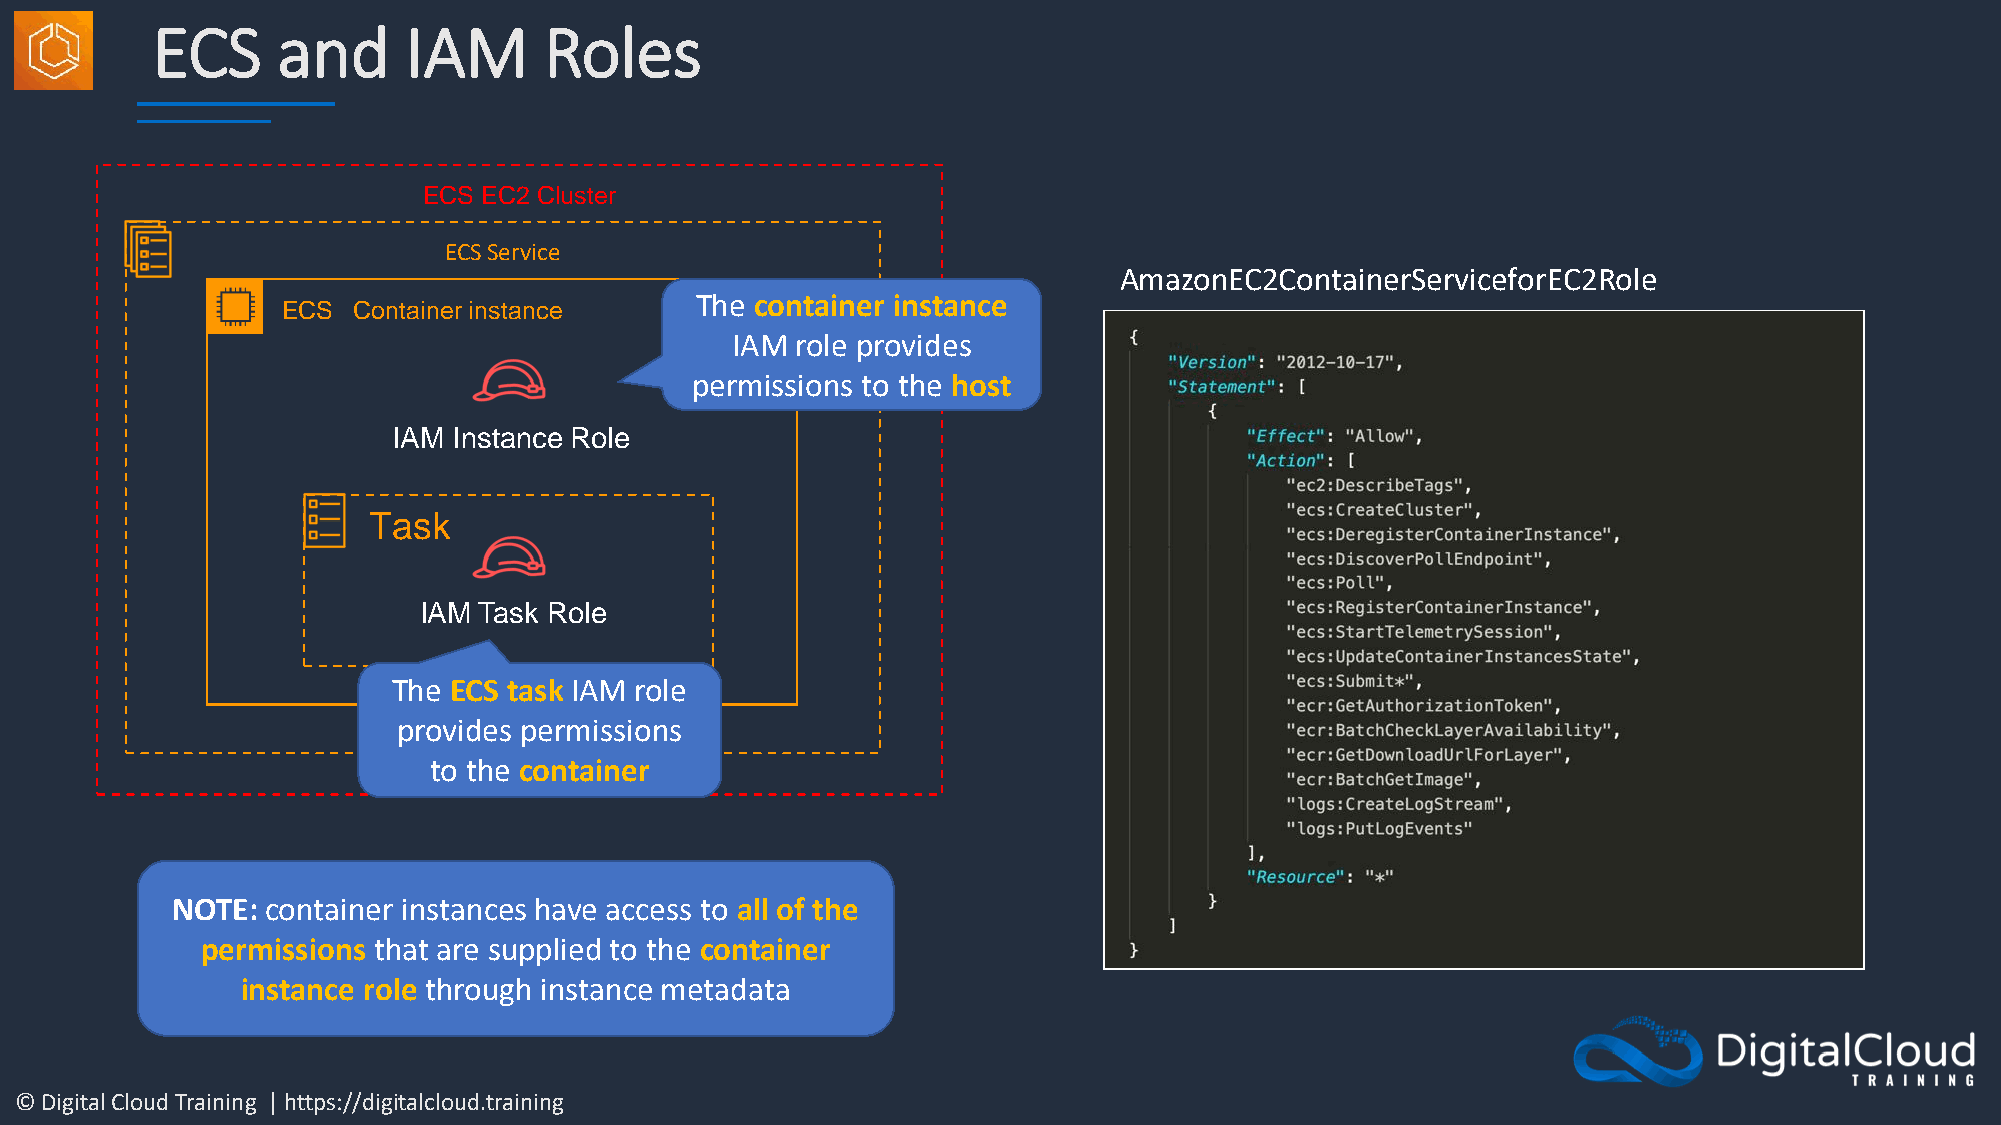
ECS     and      IAM      Roles
 ECS EC2 Cluster
 ECS Service
 AmazonEC2ContainerServiceforEC2Role
 The container instance
 ECS Container instance
 IAM  role provides
 permissions to the host
 IAM Instance Role
 Task
 IAM Task Role
 The ECS task IAM role
 provides permissions
 to the container
 NOTE:  container instances have access to all of the
 permissions that are supplied to the container
 instance role through instance metadata
 © Digital Cloud Training | https://digitalcloud.training